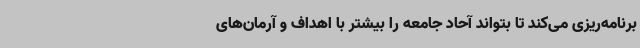
برنامه‌ریزی می‌کند تا بتواند آحاد جامعه را بیشتر با اهداف و آرمان‌های